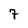
Character: 7